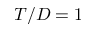
T / D = 1